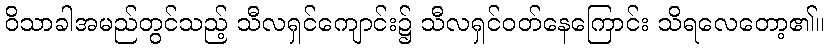
ဝိသာခါအမည်တွင်သည့် သီလရှင်ကျောင်း၌ သီလရှင်ဝတ်နေကြောင်း သိရလေတော့၏။